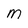
Character: M